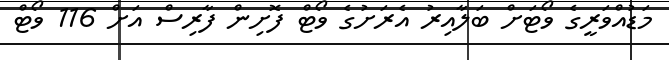
މަޑުއްވަރީގެ ވޯޓަށް ބަލާއިރު އެރަށުގެ ވޯޓް ފޮށިން ފާރިސް އަށް 116 ވޯޓް